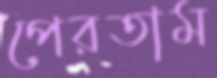
পেরতাম